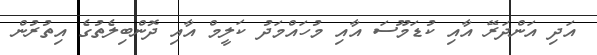
އަދި އަންދަރޭ އާއި ކުޑަމޫސަ އާއި މުހައްމަދު ކަލީމް އާއި ދޮންބިލެތުގެ އިތުރުން